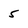
Character: 5